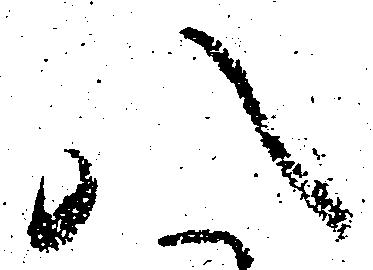
八